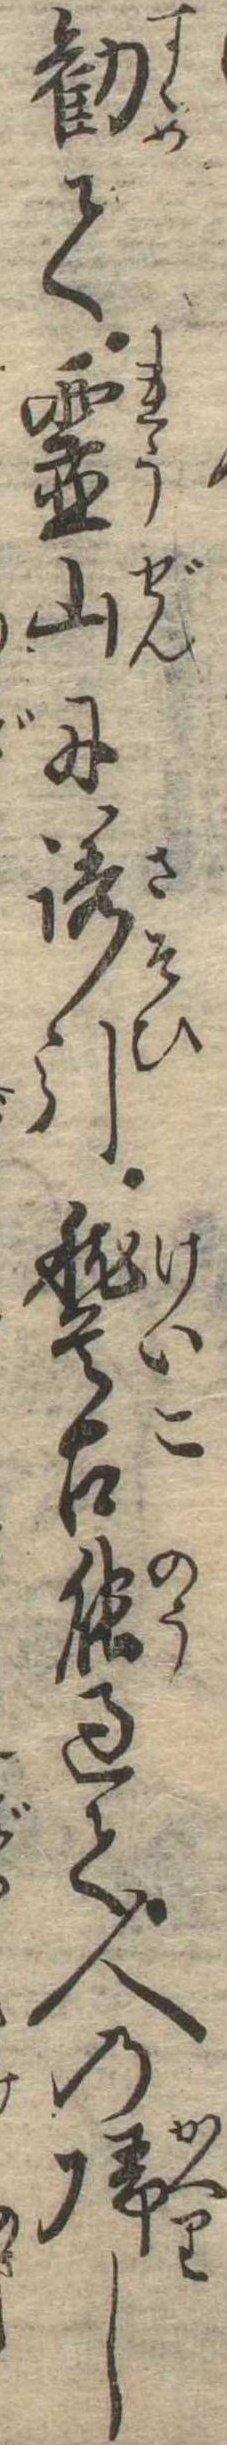
勧て霊山に誘引稽古能過て人の帰し